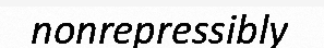
nonrepressibly